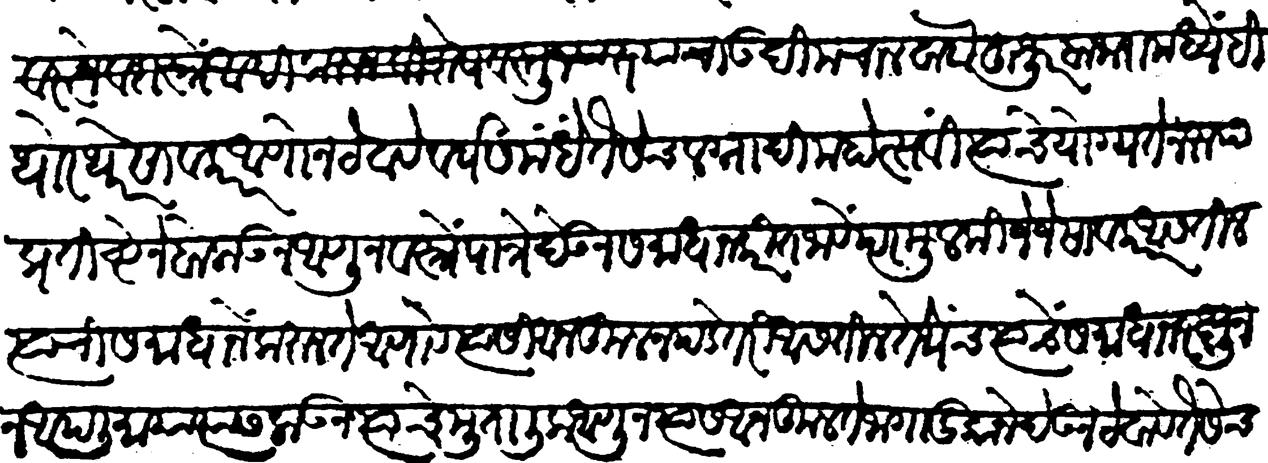
Transliteration (Devanagari): उदीम चालवावा हुजूर बाजारामध्येही थोर थोर सावकार आणून ठेवावे वर्ष संमंधे तैसेच लग्नादी महोत्सवी त्यांचे योग्यतेनरूप प्रातष्ठेने बोलावून आणून वस्त्रे पागे देऊन समाधान करीत जावे परमुलकी जे जे सावकार असतील त्यांची समाधाने करुन ते आणावे त्यासी अनुकूल पडे तरी असतील तेथेच त्यांचे समाधान रक्षून आपली माया त्यास लाऊन त्याचे मुतालिक आणून त्यास अनकूल ते जागा दुकाने देऊन ठेवावे तैसेच